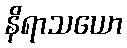
နိရာသယော